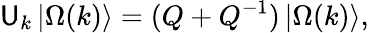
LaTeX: \mathsf{U}_{k}\left|\Omega(k)\right\rangle=(Q+Q^{-1})\left|\Omega(k)\right\rangle,